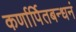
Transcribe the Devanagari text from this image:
कर्णार्पितबन्धनं